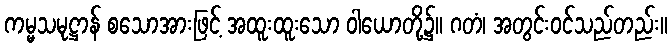
ကမ္မသမုဋ္ဌာန် စသောအားဖြင့် အထူးထူးသော ဝါယောတို့၌။ ဂတံ၊ အတွင်းဝင်သည်တည်း။